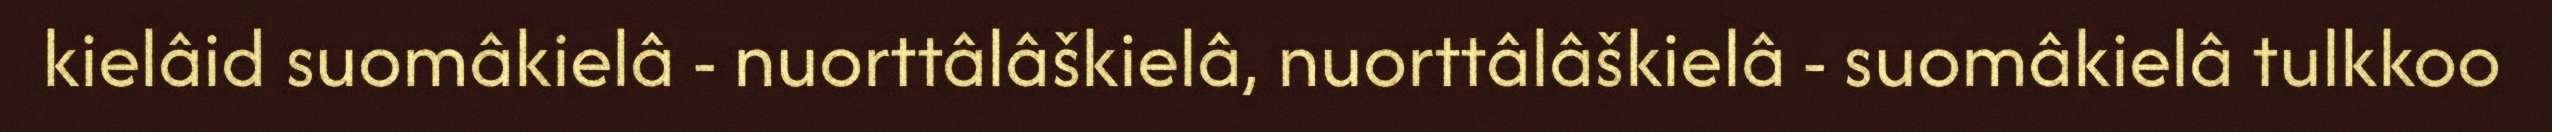
kielâid suomâkielâ - nuorttâlâškielâ, nuorttâlâškielâ - suomâkielâ tulkkoo